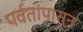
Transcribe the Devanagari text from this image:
पर्वतांपासून